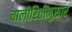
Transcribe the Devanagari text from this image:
चालीरितींनुसार